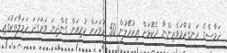
ހަމާސްގެ ހަނގުރާމަވެރިންނާ ދެކޮޅަށް އިޒުރޭލުން 50 ދުވަހަށް ކުރިއަށް ގެންދިޔަ ވަރުގަދަ ހަމަލާތަކުގައި